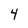
Character: 4